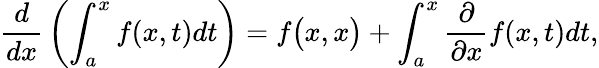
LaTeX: {\frac{d}{dx}}\left(\int_{a}^{x}f(x,t)dt\right)=f{\big(}x,x{\big)}+\int_{a}^{x}{\frac{\partial}{\partial x}}f(x,t)dt,